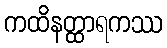
ကထိနတ္ထာရကဿ